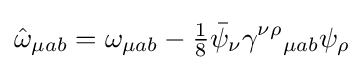
{\hat {\omega }}_{\mu ab}=\omega _{\mu ab}-{\tfrac {1}{8}}{\bar {\psi }}_{\nu }\gamma ^{\nu \rho }{}_{\mu ab}\psi _{\rho }